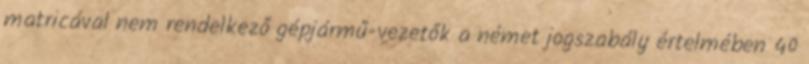
matricával nem rendelkező gépjármű-vezetők a német jogszabály értelmében 40